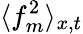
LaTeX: \langle f_{m}^{2}\rangle_{x,t}